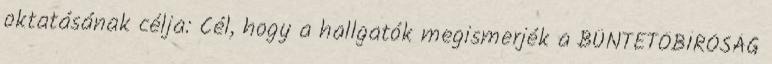
oktatásának célja: Cél, hogy a hallgatók megismerjék a BÜNTETŐBÍRÓSÁG